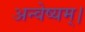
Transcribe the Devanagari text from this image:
अन्वेष्यम्।